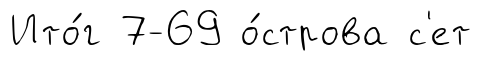
Ито́г 7-69 о́строва с'ет